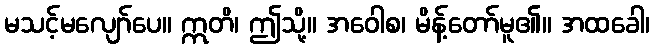
မသင့်မလျော်ပေ။ ဣတိ၊ ဤသို့။ အဝေါစ၊ မိန့်တော်မူ၏။ အထခေါ၊